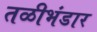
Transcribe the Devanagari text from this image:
तळीभंडार